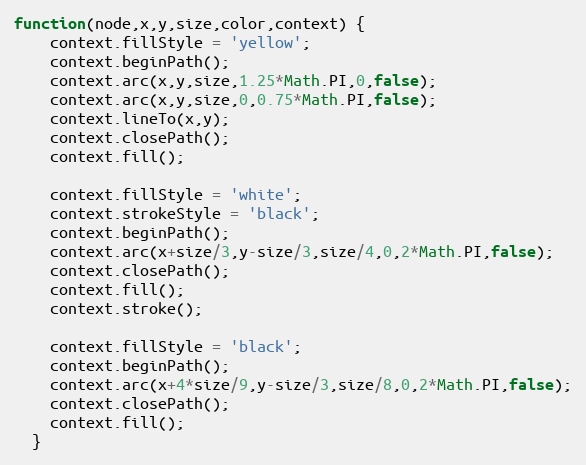
Language: JavaScript
function(node,x,y,size,color,context) {
    context.fillStyle = 'yellow';
    context.beginPath();
    context.arc(x,y,size,1.25*Math.PI,0,false);
    context.arc(x,y,size,0,0.75*Math.PI,false);
    context.lineTo(x,y);
    context.closePath();
    context.fill();

    context.fillStyle = 'white';
    context.strokeStyle = 'black';
    context.beginPath();
    context.arc(x+size/3,y-size/3,size/4,0,2*Math.PI,false);
    context.closePath();
    context.fill();
    context.stroke();

    context.fillStyle = 'black';
    context.beginPath();
    context.arc(x+4*size/9,y-size/3,size/8,0,2*Math.PI,false);
    context.closePath();
    context.fill();
  }